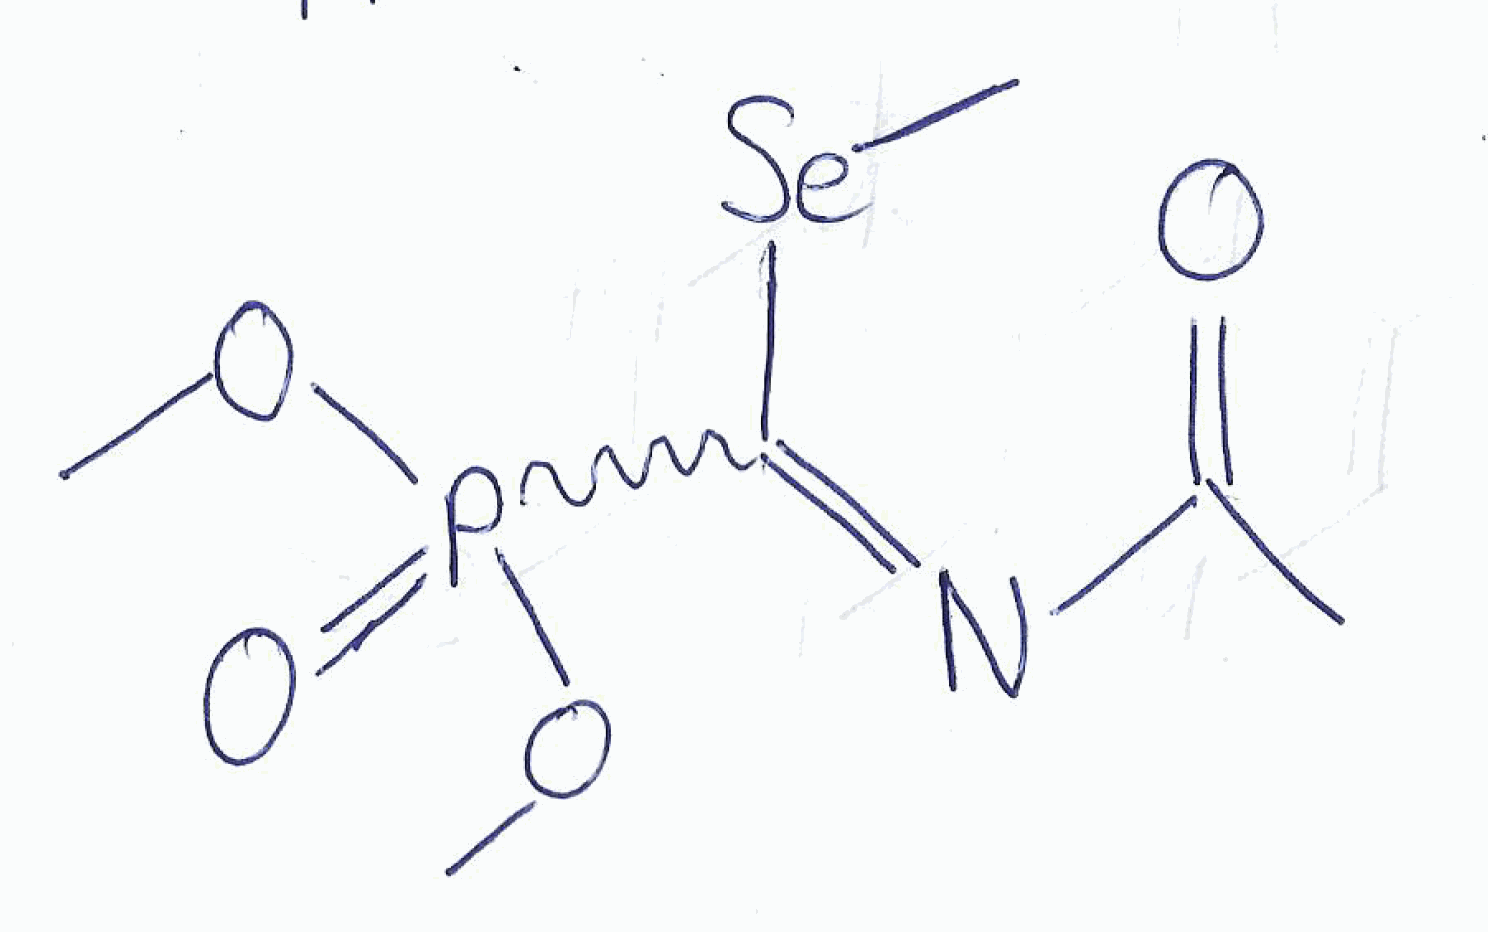
Simplified molecular-input line-entry system (SMILES) notation of the given molecule:
CC(=O)N=C(P(=O)(OC)OC)[Se]C